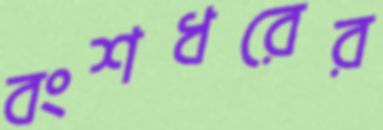
বংশধরের